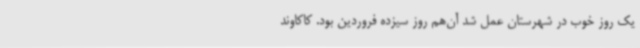
یک روز خوب در شهرستان عمل شد آن‌هم روز سیزده فروردین بود. کاکاوند